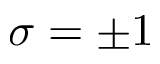
\sigma = \pm 1